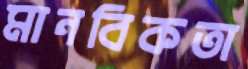
মানবিকতা